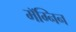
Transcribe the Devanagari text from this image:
मॅग्निन